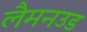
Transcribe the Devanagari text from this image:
लैमनउड